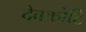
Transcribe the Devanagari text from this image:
देवकोटि